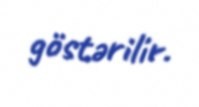
göstərilir.